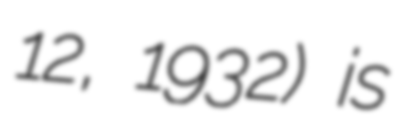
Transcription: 12, 1932) is